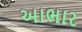
અાભાર